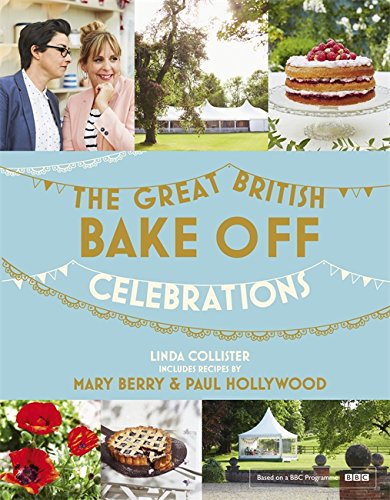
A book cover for The Great British Bake Off: The Year in Cakes & Bakes; The Great British Bake Off; Cookbooks, Food & Wine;